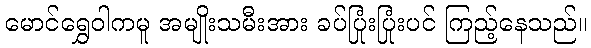
မောင်ရွှေဝါကမူ အမျိုးသမီးအား ခပ်ပြုံးပြုံးပင် ကြည့်နေသည်။